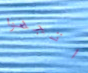
اتجهوا